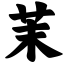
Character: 茉